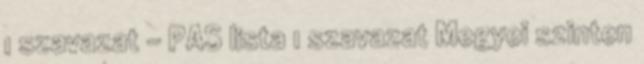
1 szavazat – PAS lista 1 szavazat Megyei szinten